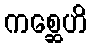
ကစ္ဆေဟိ